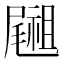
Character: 𥜀